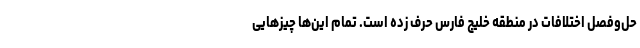
حل‌وفصل اختلافات در منطقه خلیج فارس حرف زده است. تمام این‌ها چیزهایی